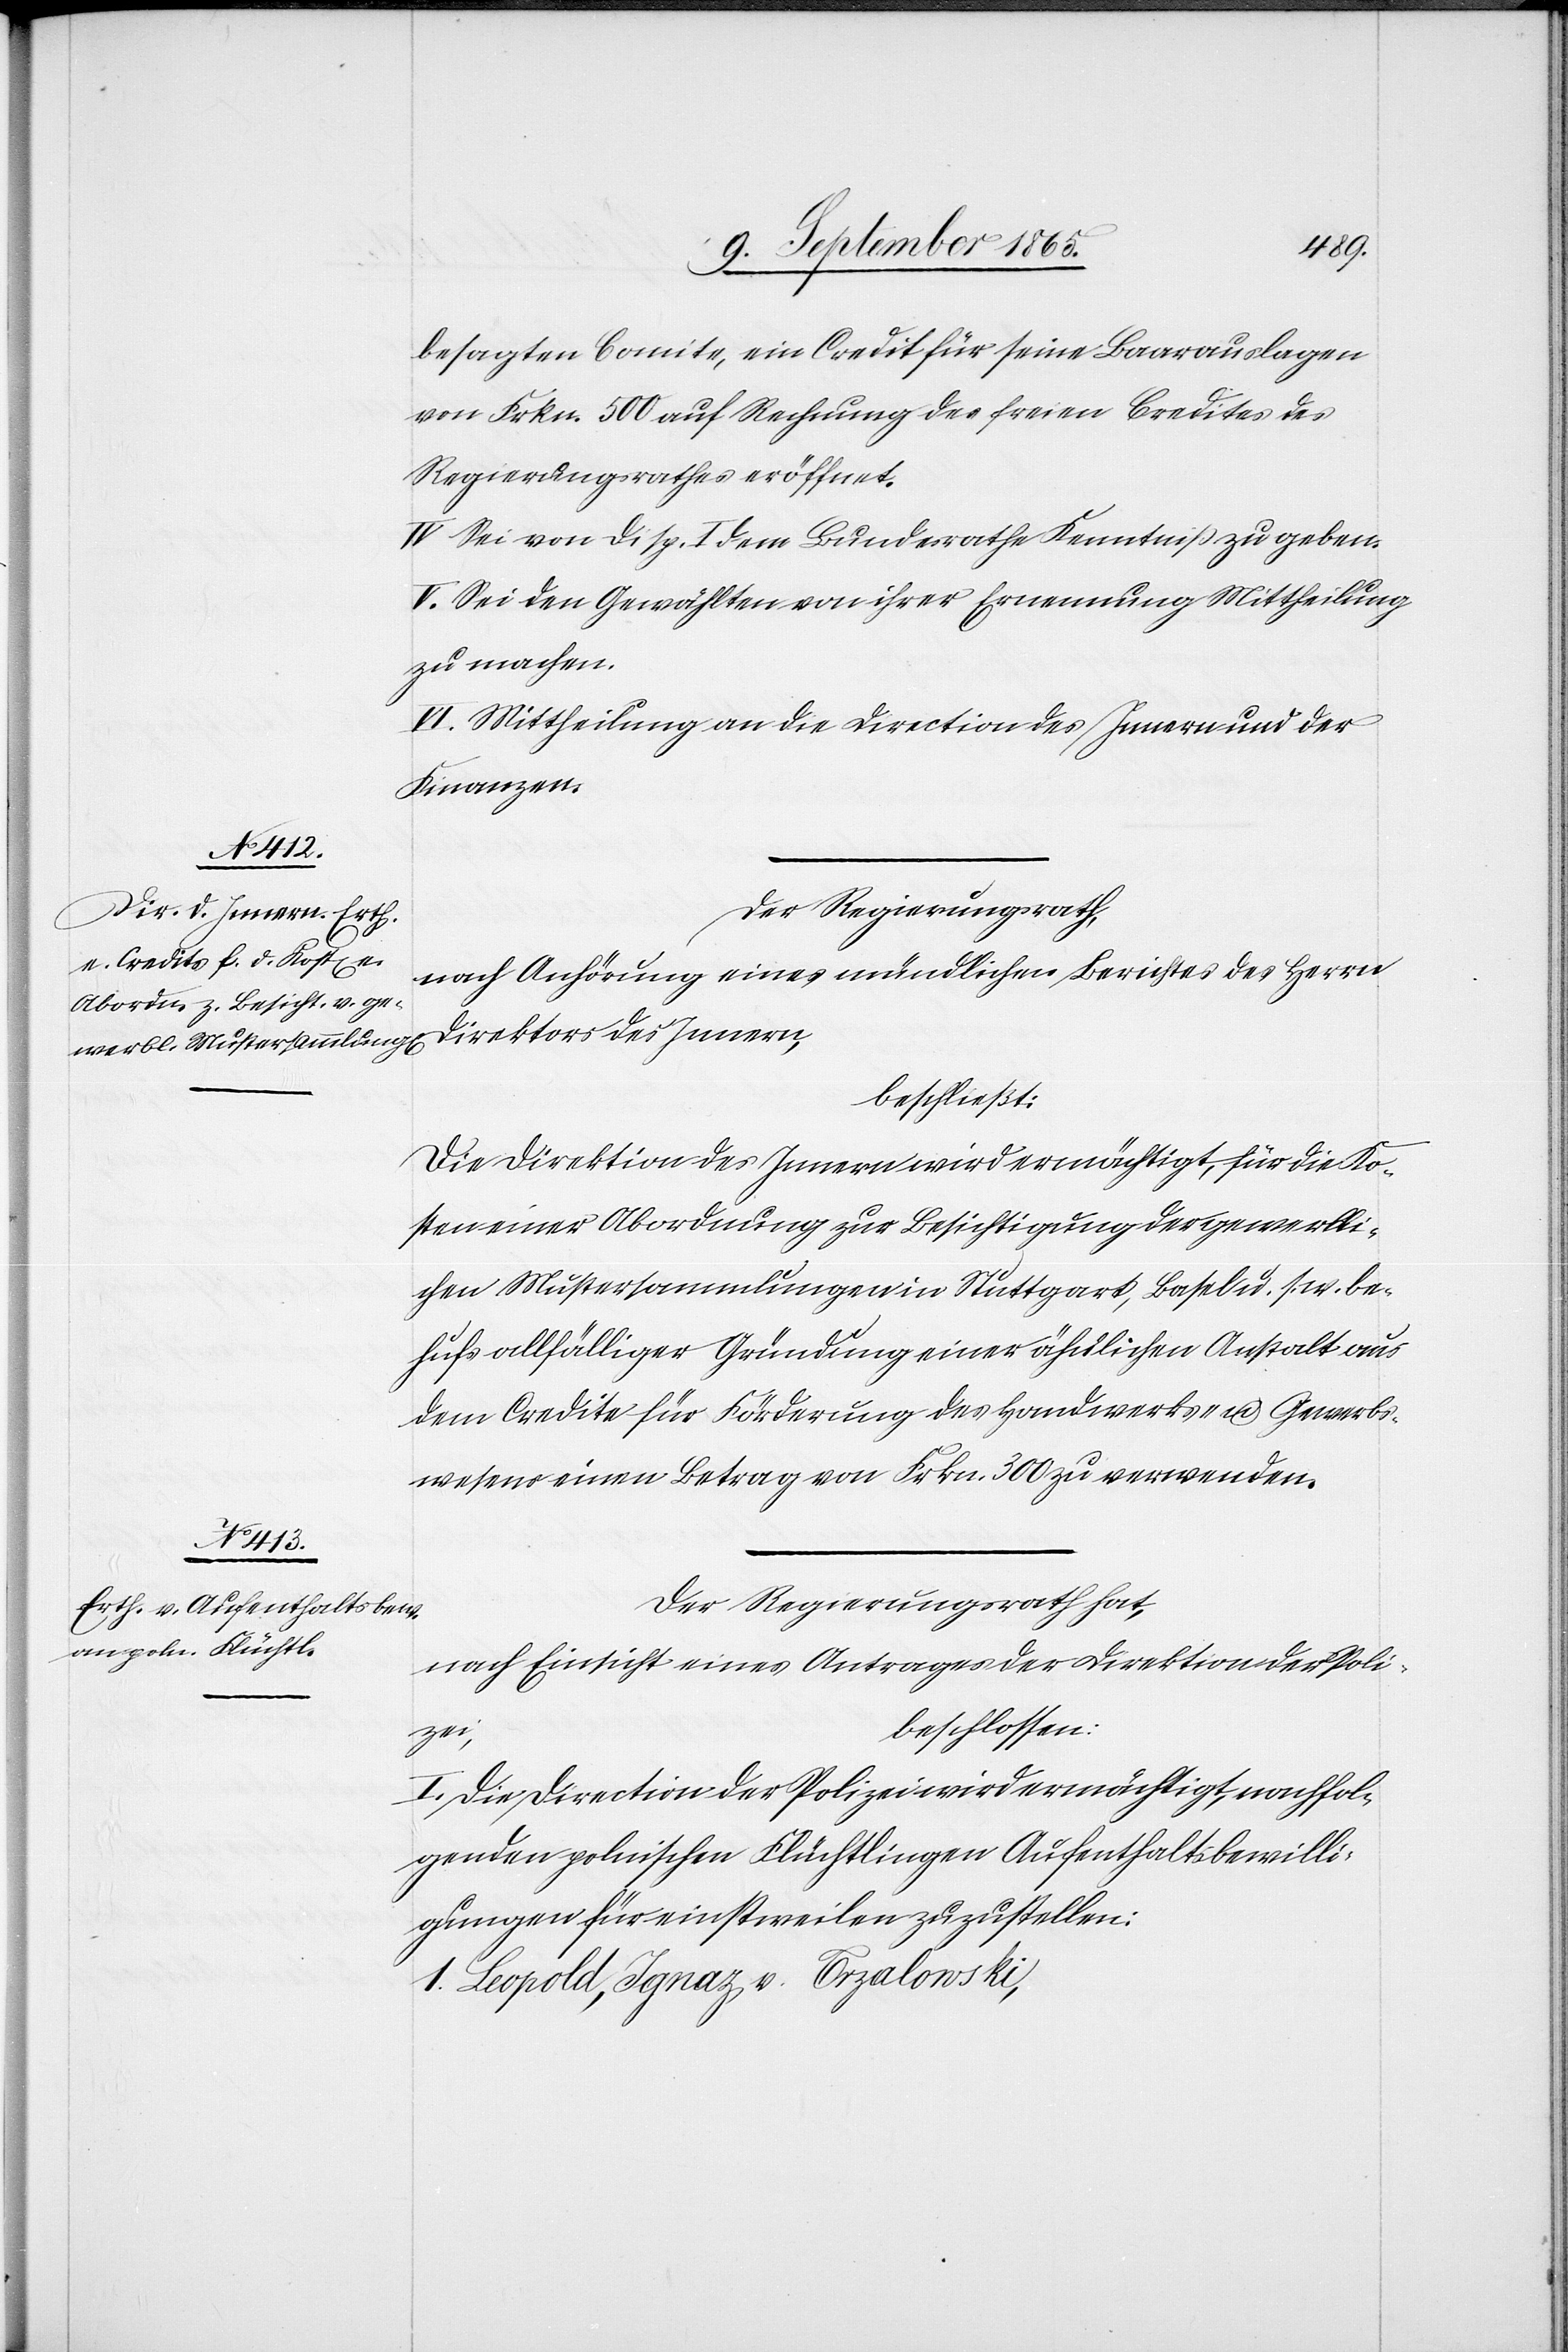
besagten Comite, ein Credit für seine Baarauslagen
von Frkn. 500 auf Rechnung des freien Credites des
Regierungsrathes eröffnet.
IV. Sei von Disp. I dem Bundesrathe Kenntniß zu geben.
V. Sei den Gewählten von ihrer Ernennung Mittheilung
zu machen.
VI. Mittheilung an die Direction des Innern und der
Finanzen.
Der Regierungsrath,
nach Anhörung eines mündlichen Berichtes des Herrn
Direktors des Innern,
beschließt:
Die Direktion des Innern wird ermächtigt, für die Kos¬
ten einer Abordnung zur Besichtigung der gewerbli¬
chen Mustersammlungen in Stuttgart, Basel u. s. w. be¬
hufs allfälliger Gründung einer ähnlichen Anstalt aus
dem Credite für Förderung des Handwerks- u. Gewerbs¬
wesens einen Betrag von Frkn. 300 zu verwenden.
Der Regierungsrath hat,
nach Einsicht eines Antrages der Direktion der Poli¬
beschlossen:
zei,
I. Die Direction der Polizei wird ermächtigt, nachfol¬
genden polnischen Flüchtlingen Aufenthaltsbewilli¬
gungen für einstweilen zuzustellen:
1. Leopold, Ignaz v. Crzalowski,